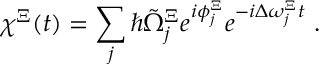
\chi ^ { \Xi } ( t ) = \sum _ { j } \hbar \tilde { \Omega } _ { j } ^ { \Xi } e ^ { i \phi _ { j } ^ { \Xi } } e ^ { - i \Delta \omega _ { j } ^ { \Xi } t } \ .